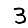
Digit: 3